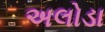
અલોડા